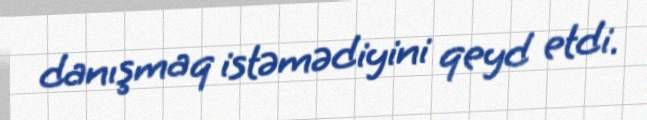
danışmaq istəmədiyini qeyd etdi.